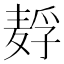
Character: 𱋗